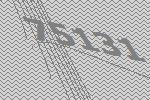
75131